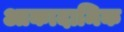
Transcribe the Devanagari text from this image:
आकादामिक